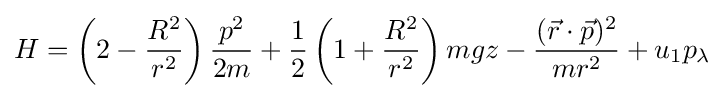
H=\left(2-{\frac {R^{2}}{r^{2}}}\right){\frac {p^{2}}{2m}}+{\frac {1}{2}}\left(1+{\frac {R^{2}}{r^{2}}}\right)mgz-{\frac {({\vec {r}}\cdot {\vec {p}})^{2}}{mr^{2}}}+u_{1}p_{\lambda }